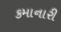
કમાનારી